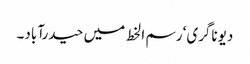
دیوناگری‘ رسم ا لخط میں حیدرآباد۔